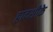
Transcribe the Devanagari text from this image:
द्वादशीके